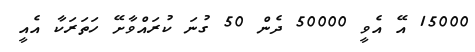
15000 އޭ އެވީ 50000 ދެން 50 ގުނަ ކުރައްވާށޭ ހަތަރަކާ އެއީ